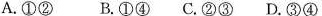
A.①②B.①④C.②③D.③④